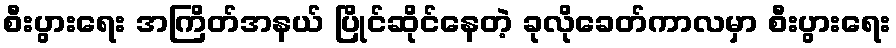
စီးပွားရေး အကြိတ်အနယ် ပြိုင်ဆိုင်နေတဲ့ ခုလိုခေတ်ကာလမှာ စီးပွားရေး